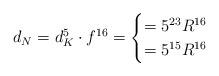
LaTeX: \begin{align*}d_N = d_K^5\cdot f^{16} = \begin{cases}= 5^{23} R^{16} & \\= 5^{15} R^{16} & \end{cases}\end{align*}